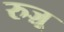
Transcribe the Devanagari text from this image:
रुज़ू